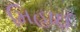
મિહાઈ